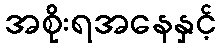
အစိုးရအနေနှင့်